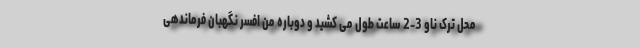
محل ترک ناو 3-2 ساعت طول می کشید و دوباره من افسر نگهبان فرماندهی